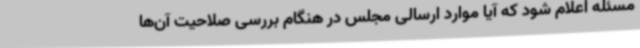
مسئله اعلام شود که آیا موارد ارسالی مجلس در هنگام بررسی صلاحیت آن‌ها